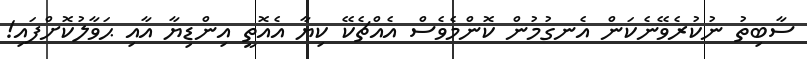
ސާބިތު ނުކުރެވޭނެކަން އެނގުމުން ކޮންމެވެސް އެއްޗެކޭ ކިޔާ އެއޮތީ އިންޑިޔާ އާއި ޙަވާލުކޮށްފައި!